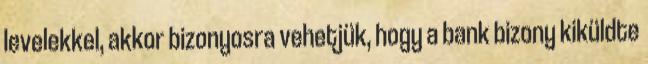
levelekkel, akkor bizonyosra vehetjük, hogy a bank bizony kiküldte